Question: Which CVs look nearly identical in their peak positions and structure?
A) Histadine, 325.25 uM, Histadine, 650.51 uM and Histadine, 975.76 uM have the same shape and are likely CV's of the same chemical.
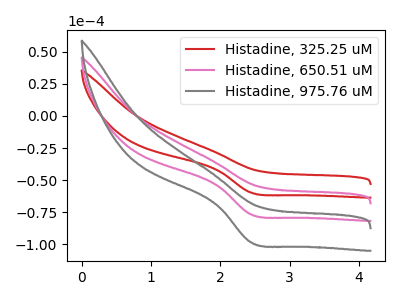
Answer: <think>The red curve "Histadine, 325.25 uM" has a cathodic peak at: (2.45V, -59.70uA). The pink curve "Histadine, 650.51 uM" has a cathodic peak at: (2.45V, -76.70uA). The gray curve "Histadine, 975.76 uM" has a cathodic peak at: (2.45V, -153.35uA).
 All the peaks in "Histadine, 325.25 uM" have a peak in "Histadine, 650.51 uM" at the same potential. Every peak in "Histadine, 325.25 uM" is lower than every peak in "Histadine, 650.51 uM". All the peaks in "Histadine, 325.25 uM" have a peak in "Histadine, 975.76 uM" at the same potential. Every peak in "Histadine, 325.25 uM" is lower than every peak in "Histadine, 975.76 uM". All the peaks in "Histadine, 650.51 uM" have a peak in "Histadine, 975.76 uM" at the same potential. Every peak in "Histadine, 650.51 uM" is lower than every peak in "Histadine, 975.76 uM".</think>
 <answer>A) "Histadine, 325.25 uM", "Histadine, 650.51 uM" and "Histadine, 975.76 uM" have the same shape and are likely CV's of the same chemical.</answer>
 <eval>A</eval>